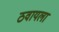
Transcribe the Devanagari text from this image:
ठवायला